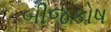
બીજકોષ